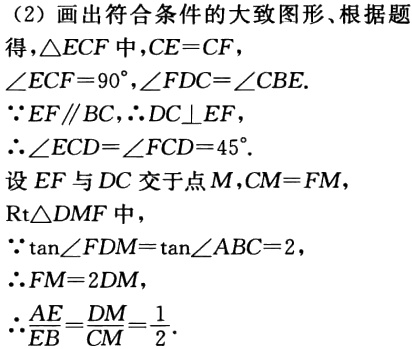
（2）画出符合条件的大致图形.根据题

得，\(\triangle ECF\)中，\(CE = CF\)，

\(\angle ECF = 90^{\circ},\angle FDC=\angle CBE\).

\(\because EF\parallel BC,\therefore DC\perp EF\)，

\(\therefore\angle ECD=\angle FCD = 45^{\circ}\).

设\(EF\)与\(DC\)交于点\(M\)，\(CM = FM\)，

\(\text{Rt}\triangle DMF\)中，

\(\because\tan\angle FDM=\tan\angle ABC = 2\)，

\(\therefore FM = 2DM\)，

\(\therefore\frac{AE}{EB}=\frac{DM}{CM}=\frac{1}{2}\).